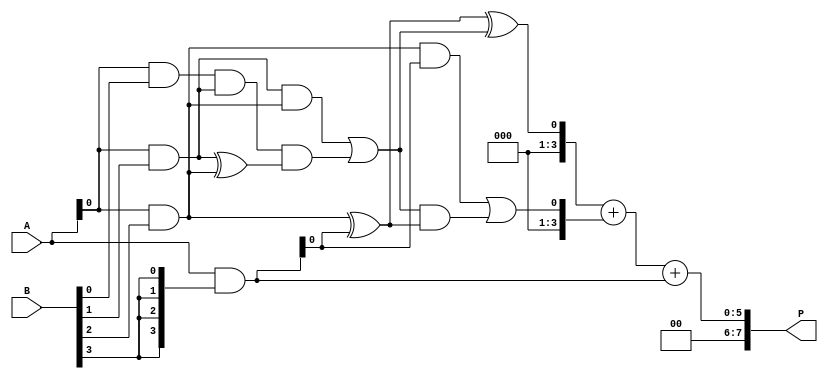
module wallace_tree_multiplier #(parameter n = 4) (
    input  [n-1:0] A,
    input  [n-1:0] B,
    output [2*n-1:0] P
);

// Partial Product Generation
wire [n-1:0] pp [0:n-1]; // Partial products array

genvar i, j;
generate
    for (i = 0; i < n; i = i + 1) begin : pp_gen
        assign pp[i] = A & {n{B[i]}}; // AND operation to generate partial products
    end
endgenerate

// Wallace Tree Reduction
wire [n-1:0] sum [0:n-1]; // Sums at each level
wire [n-1:0] carry [0:n-1]; // Carries at each level

// Level 1: Combine partial products using half adders and full adders
generate
    for (i = 0; i < n-1; i = i + 1) begin : reduction
        if (i == 0) begin
            // First row of partial products
            assign sum[i] = pp[i][0] ^ pp[i+1][0]; // First bit sum
            assign carry[i] = pp[i][0] & pp[i+1][0]; // First bit carry
        end else begin
            assign sum[i] = pp[i][0] ^ pp[i+1][0] ^ carry[i-1]; // Sum with carry
            assign carry[i] = (pp[i][0] & pp[i+1][0]) | (carry[i-1] & (pp[i][0] ^ pp[i+1][0])); // Carry logic
        end
    end
endgenerate

// Final Addition
wire [2*n-1:0] final_sum;
wire [2*n-1:0] final_carry;

// Using a simple ripple carry adder for the final addition
assign final_sum = {1'b0, sum[n-2]} + {1'b0, carry[n-2]} + {1'b0, pp[n-1]};

// Output the final product
assign P = final_sum;

endmodule